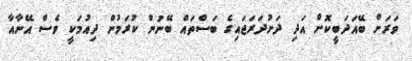
ވަރަށް ބޭއަދަބީކޮށް އަދި ދަށުދަރަޖައިގެ ބަސްތައް ބޭނުން ކުރަމުން ދިއުމަކީ ވެސް އޭނާއާ